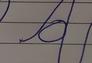
Signature authenticity: forged